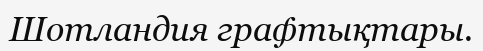
Шотландия графтықтары.